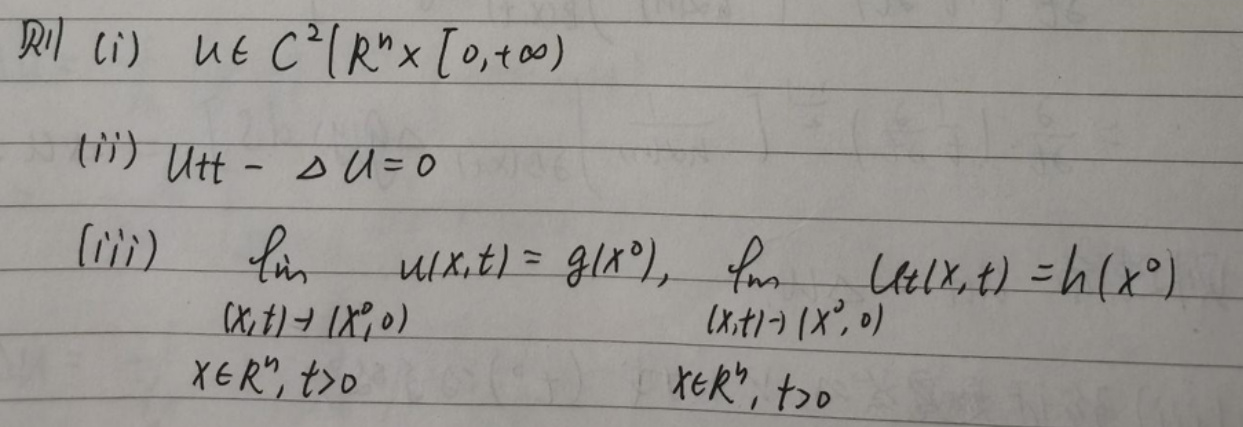
&则\( (i) u\in C^{2}(\mathbb{R}^{n}\times [0,+\infty))\)\\
\(&(ii) u_{tt}-\Delta u = 0\)\\
\(&(iii) \lim_{(x,t)\to(x^{0},0)}u(x,t)=g(x^{0}),\lim_{(x,t)\to(x^{0},0)}u_{t}(x,t)=h(x^{0})\)\\
\(&x\in\mathbb{R}^{n},t > 0\quad\quad\quad\quad x\in\mathbb{R}^{n},t > 0\)